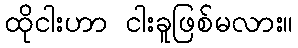
ထိုငါးဟာ ငါးခူဖြစ်မလား။